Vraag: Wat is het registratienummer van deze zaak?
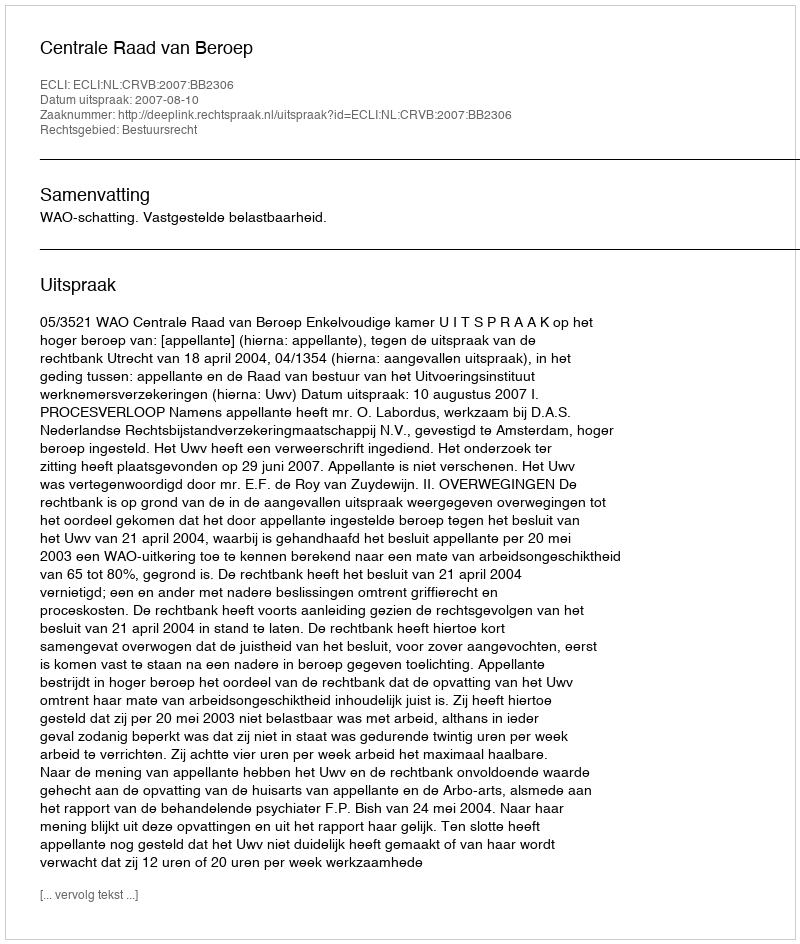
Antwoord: http://deeplink.rechtspraak.nl/uitspraak?id=ECLI:NL:CRVB:2007:BB2306